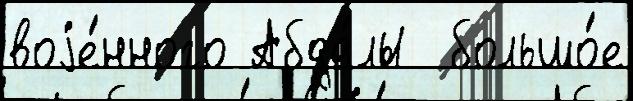
воjе́нного Абда́лы  большо́е